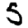
Digit: 5